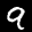
Digit: 9